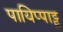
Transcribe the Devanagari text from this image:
पायिप्पाट्टु